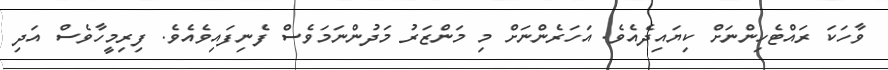
ވާހަކަ ރައްޓެހިންނަށް ކިޔައިދެއެވެ. އަހަރެންނަށް މި މަންޒަރު މަދުންނަމަވެސް ފެނިފައިވެއެވެ. ފިރިމީހާވެސް އަދި